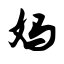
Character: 妈